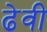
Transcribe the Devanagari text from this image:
ढेवी